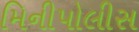
મિનીપોલીસ